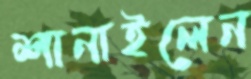
শানাইলেন